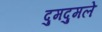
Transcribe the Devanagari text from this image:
दुमदुमले